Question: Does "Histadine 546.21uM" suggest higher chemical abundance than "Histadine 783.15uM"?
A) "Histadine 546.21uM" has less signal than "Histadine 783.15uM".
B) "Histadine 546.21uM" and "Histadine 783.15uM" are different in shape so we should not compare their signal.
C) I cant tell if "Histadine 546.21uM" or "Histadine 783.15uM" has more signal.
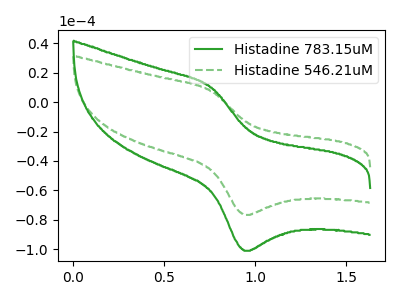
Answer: <think>The green curve "Histadine 783.15uM" has an anodic peak at (0.75V, 9.95uA) and a cathodic peak at (0.95V, -101.10uA). The green dashed curve "Histadine 546.21uM" has an anodic peak at (0.75V, 7.55uA) and a cathodic peak at (0.95V, -76.70uA).
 All the peaks in "Histadine 546.21uM" have a peak in "Histadine 783.15uM" at the same potential. Every peak in "Histadine 546.21uM" is lower than every peak in "Histadine 783.15uM".</think>
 <answer>A) "Histadine 546.21uM" has less signal than "Histadine 783.15uM".</answer>
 <eval>A</eval>